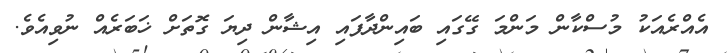
އެއްރެއަކު މުސްކާން މަންމަ ގޭގައި ބައިންދާފައި އިޝާން ދިޔަ ގޮތަށް ޚަބަރެއް ނުވިއެވެ.